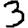
Digit: 3